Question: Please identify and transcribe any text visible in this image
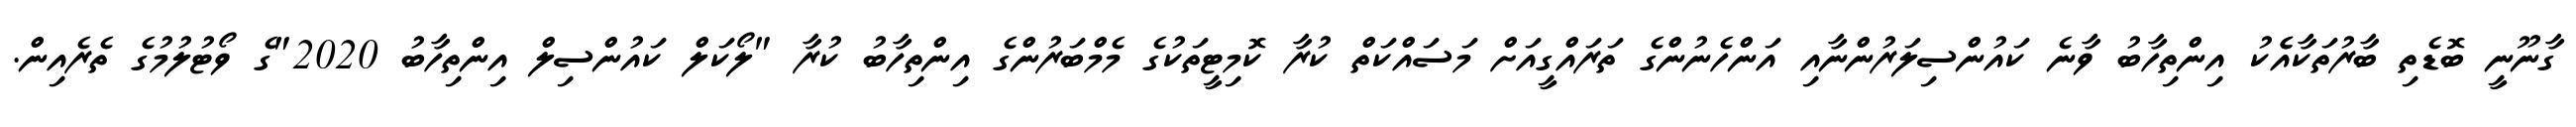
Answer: ގާނޫނީ ބޮޑެތި ބާރުތަކާއެެކު އިންތިހާބު ވާނެ ކައުންސިލަރުންނާއި އަންހެނުންގެ ތަރައްގީއަށް މަސައްކަތް ކުރާ ކޮމިޓީތަކުގެ މެމްބަރުންގެ އިންތިހާބު ކުރާ "ލޯކަލް ކައުންސިލް އިންތިހާބު 2020"ގެ ވޯޓުލުމުގެ ތެރެއިން.